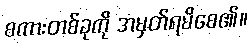
စကားတစ်ခုကို အမှတ်ရမိစေ၏။